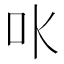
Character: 𠮺